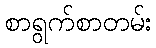
စာရွက်စာတမ်း